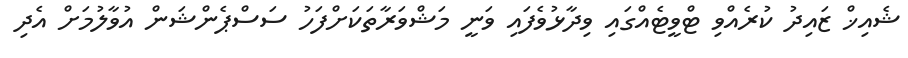
ޝެއިޚް ޒައިދު ކުރެއްވި ޓްވީޓެއްގައި ވިދާޅުވެފައި ވަނީ މަޝްވަރާތަަކަށްފަހު ސަސްޕެންޝަން އުވާލުމަށް އެދި